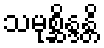
သမုစ္ဆိန္ဒန္တိ